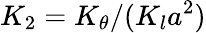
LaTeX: K_{2}=K_{\theta}/(K_{l}a^{2})